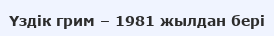
Үздік грим – 1981 жылдан бері